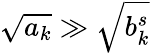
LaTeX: \sqrt{a_{k}}\gg\sqrt{b_{k}^{s}}